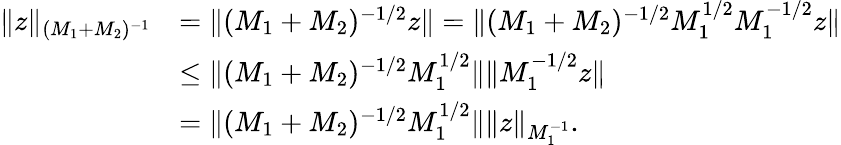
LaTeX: \begin{array}{rl}{\Vert z\Vert_{(M_{1}+M_{2})^{-1}}}&{=\Vert(M_{1}+M_{2})^{-1/2}z\Vert=\Vert(M_{1}+M_{2})^{-1/2}M_{1}^{1/2}M_{1}^{-1/2}z\Vert}\\ &{\leq\Vert(M_{1}+M_{2})^{-1/2}M_{1}^{1/2}\Vert\Vert M_{1}^{-1/2}z\Vert}\\ &{=\Vert(M_{1}+M_{2})^{-1/2}M_{1}^{1/2}\Vert\Vert z\Vert_{M_{1}^{-1}}.}\end{array}